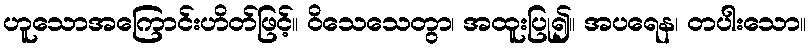
ဟူသောအကြောင်းဟိတ်ဖြင့်။ ဝိသေသေတွာ၊ အထူးပြု၍။ အပရေန၊ တပါးသော။